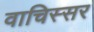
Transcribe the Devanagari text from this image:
वाचिस्सर